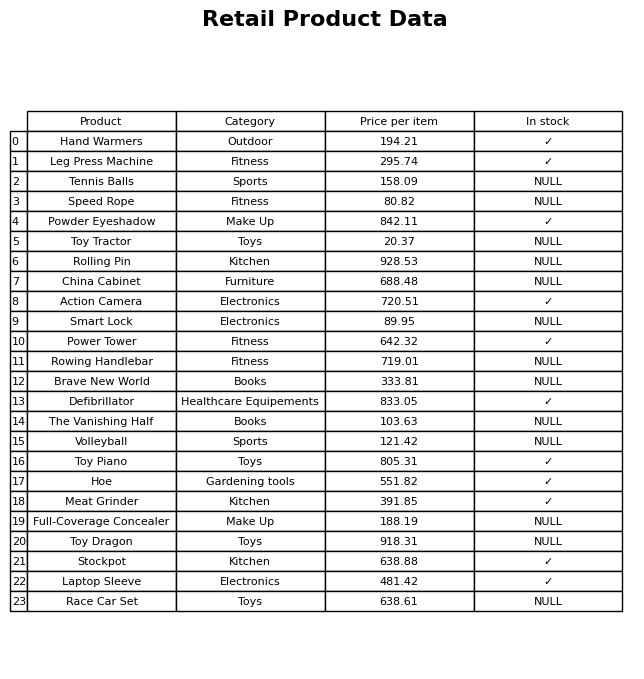
question: What is the price of the China Cabinet?
answer: The price of China Cabinet is 688.48.